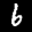
Label: 6